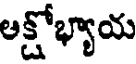
అక్షోభ్యాయ